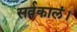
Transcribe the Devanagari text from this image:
सर्वकालं।